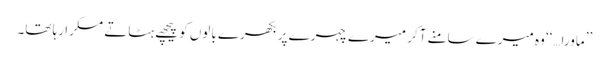
’’ماورا…‘‘ وہ میرے سامنے آکر میرے چہرے پر بکھرے بالوں کو پیچھے ہٹاتے مسکرا رہا تھا۔